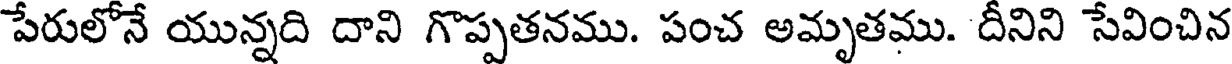
పేరులోనే యున్నది దాని గొప్పతనము. పంచ అమృతము. దీనిని సేవించిన